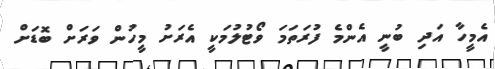
އެމީހާ އަދި ބުނީ އެންމެ ފުރަތަމަ ވޯޓުލުމަކީ އެރަށު މީހުން ވަރަށް ބޮޑަށް